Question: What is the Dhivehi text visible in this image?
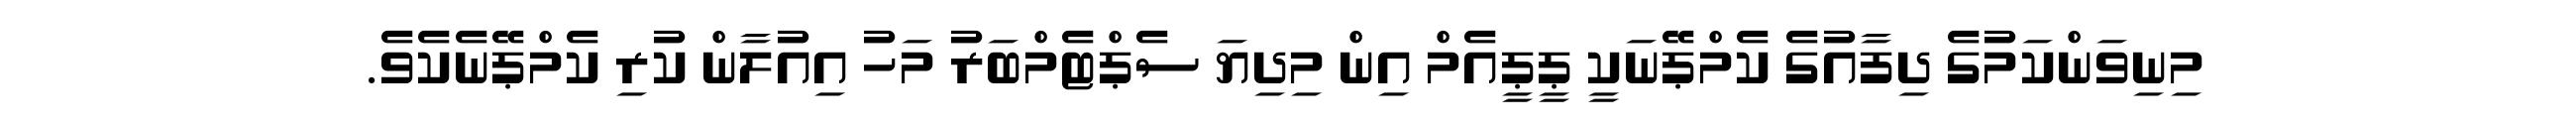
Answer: މިނިވަންކަމުގެ ދިފާއުގެ ކެމްޕޭނަކީ ޕީޕީއެމް އިން މިދިޔަ ސެޕްޓެމްބަރު މަހު އިއުލާން ކުރި ކެމްޕޭނެކެވެ.